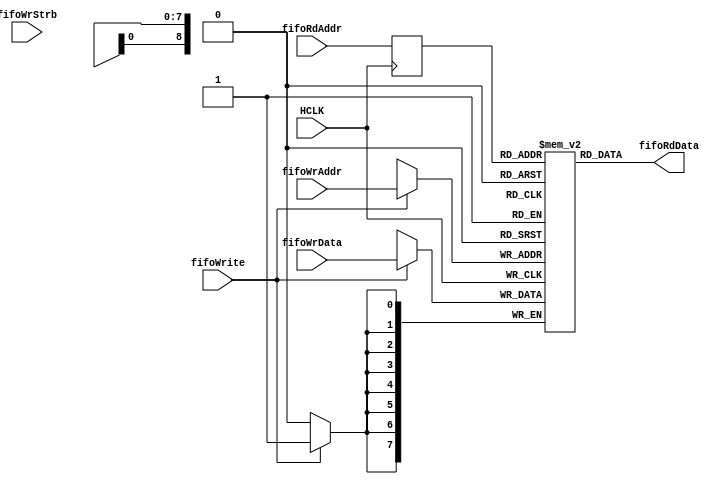
// ********************************************************************
//  Microsemi Corporation Proprietary and Confidential
//  Copyright 2017 Microsemi Corporation.  All rights reserved.
//
// ANY USE OR REDISTRIBUTION IN PART OR IN WHOLE MUST BE HANDLED IN
// ACCORDANCE WITH THE MICROSEMI LICENSE AGREEMENT AND MUST BE APPROVED
// IN ADVANCE IN WRITING.
//
// Description: This file infers a dual-port ram with sync write port
//              and a sync read port.
//
// Revision Information:
// Date     Description:
// Feb17    Revision 1.0
//
// Notes:
// best viewed with tabstops set to "4"
// ********************************************************************
`timescale 1ns / 1ns

`ifdef SIM_MODE

module caxi4interconnect_DualPort_RAM_SyncWr_ASyncRd (
					// AHB global signals
					HCLK,

					// Write Port
					fifoWrAddr,	
					fifoWrite,
					fifoWrStrb,					
					fifoWrData,

					// Read Port
					fifoRdAddr,
					fifoRdData
				   
				);

   

//============================================
// Parameter Declarations
//============================================

	parameter FIFO_AWIDTH = 9;
	
	parameter FIFO_WIDTH = 8;
	
	localparam [32:0] FIFO_DEPTH = 1 << FIFO_AWIDTH;

	localparam NUM_BYTES = (FIFO_WIDTH/8);
	
	localparam ADDR_NC_BITS = 	$clog2(FIFO_WIDTH/8);

//============================================================================
// I/O ports
//============================================================================

	input HCLK;								// ahb system clock

	
// Write Port signals
	input [FIFO_WIDTH-1:0]					fifoWrData;		// Data to be written to ram
	input [FIFO_AWIDTH+ADDR_NC_BITS-1:0] 	fifoWrAddr;		// Addr to be written to in RAM
	input [NUM_BYTES - 1:0]					fifoWrStrb ;		// One strobe per byte

	input fifoWrite;						// Indicates address defined by fifoWrAddr to be written

 // Read Port signals
	output [FIFO_WIDTH-1:0]					fifoRdData;	// Data to be written to ram
	input  [FIFO_AWIDTH+ADDR_NC_BITS-1:0] 	fifoRdAddr;	// Addr to be read from RAM

   
//============================================
// I/O Declarations
//============================================

	wire [FIFO_WIDTH-1:0]		fifoRdData;		// Data to be read from register

	
//============================================
// Local Declarations
//============================================

	localparam [FIFO_WIDTH-1:0]	element = { FIFO_WIDTH{1'b1} };
	
	reg [FIFO_WIDTH-1:0] mem [0:FIFO_DEPTH-1];

	integer j;
	
	initial // Read the memory contents in the file
            // ram_init.txt. 
		begin
			for (j=0; j<FIFO_DEPTH; j=j+1)
				begin
					mem[j] = { FIFO_WIDTH{ 1'b1 } };		// set to all 1s
				end
		end

	wire [FIFO_AWIDTH -1 :0]	fifoRdAddr_nc; 
	wire [FIFO_AWIDTH -1 :0]	fifoWrAddr_nc; 
	
	wire [FIFO_WIDTH - 1:0]		fifoRdModWrData;
	wire [FIFO_WIDTH - 1:0]		fifoWrDataIn;
	
	
//========================================================================================
// Generate Byte Write Lanes
//========================================================================================
	
	assign fifoRdModWrData = mem[fifoWrAddr_nc];	// Read the Data in the Location to be Written
	
	genvar i;										// Select Stored Read Data if it is not	
	generate										// Select the Input Byte if Strobe is Active, 
		for (i = 0; i < NUM_BYTES; i = i + 1)
			begin
				assign fifoWrDataIn[((i+1)*8) -1:(i*8) ] = fifoWrStrb[i] ? fifoWrData[((i+1)*8) -1:(i*8)] : fifoRdModWrData[((i+1)*8) -1:(i*8)];
			end								
	endgenerate
	

//====================================================================================
// Infer dual port ram - one sync write port - once async read port
//==================================================================================

	assign fifoRdAddr_nc = fifoRdAddr[ADDR_NC_BITS+: FIFO_AWIDTH];	// Address Bus Connection
	assign fifoWrAddr_nc = fifoWrAddr[ADDR_NC_BITS+: FIFO_AWIDTH];	// Based on Data Bus Width	- drop bits for bytes stored in each RAM location

	assign fifoRdData = mem[fifoRdAddr_nc];	

//====================================================================================
// Infer RAM - Read Data Before Writing - Read Modify Write
//====================================================================================
	
	always@ ( posedge HCLK )
	begin

		if (fifoWrite)
			mem[fifoWrAddr_nc] <= fifoWrDataIn;

	end

	
`ifdef VERBOSE
	//=============================================================================================
	// Display data begin written into RAM
	//=============================================================================================
	always @( negedge HCLK )
		begin	
			if ( fifoWrite )		
				begin
					$display( "%t, %m, fifoWrAddr=%h (%d), fifoWrAddr_nc=%h (%d) , fifoWrDataIn= %d (%h), fifoRdMOrgData = %d (%h), fifoWrStrb= %h", 
									$time, fifoWrAddr, fifoWrAddr, fifoWrAddr_nc, fifoWrAddr_nc, fifoWrDataIn, fifoWrDataIn, fifoRdModWrData, fifoRdModWrData, fifoWrStrb );
				end
		end

	reg [FIFO_AWIDTH -1 :0]	fifoRdAddr_ncQ1; 
	
	//=============================================================================================
	// Display data read from RAM
	//=============================================================================================
	always @( negedge HCLK )
		begin	
			
			if ( fifoRdAddr_ncQ1 !== fifoRdAddr_nc )		// if address changed		
				begin
					$display( "%t, %m, memRdAddr=%h (%d), fifoRdAddr_nc=%h (%d), fifoRdData= %d (%h)", 
									$time, fifoRdAddr, fifoRdAddr, fifoRdAddr_nc, fifoRdAddr_nc, fifoRdData, fifoRdData );
				end

			fifoRdAddr_ncQ1 <= fifoRdAddr_nc;
			
		end				

`endif
	
endmodule // caxi4interconnect_DualPort_RAM_SyncWr_ASyncRd.v

`else

module caxi4interconnect_DualPort_RAM_SyncWr_ASyncRd (
					// AHB global signals
					HCLK,

					// Write Port
					fifoWrAddr,	
					fifoWrite,
					fifoWrStrb,
					fifoWrData,

					// Read Port
					fifoRdAddr,
					fifoRdData
				   
				);

   

//============================================
// Parameter Declarations
//============================================

	parameter FIFO_AWIDTH = 9;
	
	parameter FIFO_WIDTH = 8;
	
	localparam FIFO_DEPTH = 1 << FIFO_AWIDTH;

	localparam NUM_BYTES = (FIFO_WIDTH/8);
	
	localparam ADDR_NC_BITS = 	(FIFO_WIDTH == 'd8) 	? 	'd0	:	// Determine which address bits
								(FIFO_WIDTH == 'd16) 	?  	'd1	:	// to connect to FIFO address input
								(FIFO_WIDTH == 'd32) 	? 	'd2	:	// based on Data Bus Width
								(FIFO_WIDTH == 'd64) 	? 	'd3	:	
								(FIFO_WIDTH == 'd128) 	? 	'd4	:	
								(FIFO_WIDTH == 'd256) 	? 	'd5	:	
								(FIFO_WIDTH == 'd512) 	? 	'd6	:	
								(FIFO_WIDTH == 'd1024) 	? 	'd7	:	
								'd0;		// not supported;	
//============================================================================
// I/O ports
//============================================================================

// Inputs - AHB
	input HCLK;								// ahb system clock

	
// Write Port signals
	input [FIFO_WIDTH-1:0]	fifoWrData;		// Data to be written to ram
	input [FIFO_AWIDTH+ADDR_NC_BITS-1:0] 	fifoWrAddr;		// Addr to be written to in RAM
	input fifoWrite;						// Indicates address defined by fifoWrAddr to be written
	input [NUM_BYTES - 1:0]	fifoWrStrb ;		// One strobe per byte

 // Read Port signals
	output [FIFO_WIDTH-1:0]	fifoRdData;	// Data to be written to ram
	input  [FIFO_AWIDTH+ADDR_NC_BITS-1:0] 	fifoRdAddr;	// Addr to be read from RAM

   
//============================================
// I/O Declarations
//============================================

	wire [FIFO_WIDTH-1:0]		fifoRdData;		// Data to be read from register

	
//============================================
// Local Declarations
//============================================

	reg [FIFO_WIDTH-1:0] mem [0:FIFO_DEPTH-1];	// RAM array declaration
	
	reg [FIFO_AWIDTH-1:0] 	fifoRdAddrQ1;		// Addr to be read from RAM

	wire [FIFO_AWIDTH-1:0] fifoRdAddr_nc, fifoWrAddr_nc;

	integer j;
	

//====================================================================================
// Infer dual port ram - one sync write port - once async read port
//==================================================================================
assign fifoRdAddr_nc = fifoRdAddr[FIFO_AWIDTH- 1: 0];	// Address Bus Connection
assign fifoWrAddr_nc = fifoWrAddr[FIFO_AWIDTH- 1: 0];	// Based on Data Bus Width	- drop bits for bytes stored in each RAM location

assign fifoRdData = mem[fifoRdAddrQ1] ;

always@ (posedge HCLK )
begin

	fifoRdAddrQ1 <= fifoRdAddr_nc;			// just a way to break timing for synthesis - not really a working solution
	
	if (fifoWrite)
		mem[fifoWrAddr_nc] <= fifoWrData;

end

`ifdef VERBOSE
	//=============================================================================================
	// Display data begin written into RAM
	//=============================================================================================
	always @( negedge HCLK )
		begin	
			if ( fifoWrite )		
				begin
					$display( "%t, %m, fifoWrAddr=%h (%d), fifoWrAddr_nc=%h (%d) , fifoWrData= %d (%h), fifoWrStrb= %h", 
									$time, fifoWrAddr, fifoWrAddr, fifoWrAddr_nc, fifoWrAddr_nc, fifoWrData, fifoWrData, fifoWrStrb );
				end
		end

	reg [FIFO_AWIDTH -1 :0]	fifoRdAddr_ncQ1; 
	
	//=============================================================================================
	// Display data read from RAM
	//=============================================================================================
	always @( negedge HCLK )
		begin	
			
			if ( fifoRdAddr_ncQ1 !== fifoRdAddr_nc )		// if address changed		
				begin
					$display( "%t, %m, memRdAddr=%h (%d), fifoRdAddr_nc=%h (%d), fifoRdAddrQ1,=%h (%d), fifoRdData= %d (%h)", 
									$time, fifoRdAddr, fifoRdAddr, fifoRdAddr_nc, fifoRdAddr_nc, fifoRdAddrQ1, fifoRdAddrQ1, fifoRdData, fifoRdData );
				end

			fifoRdAddr_ncQ1 <= fifoRdAddr_nc;
			
		end				
`endif

endmodule // caxi4interconnect_DualPort_RAM_SyncWr_ASyncRd.v

`endif